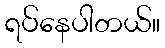
ရပ်နေပါတယ်။